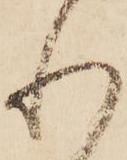
れ